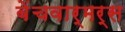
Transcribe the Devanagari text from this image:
बेंचवार्मर्स